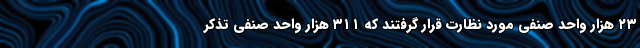
۲۳ هزار واحد صنفی مورد نظارت قرار گرفتند که ۳۱۱ هزار واحد صنفی تذکر